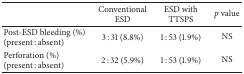
<table><thead><tr><td><b> </b></td><td><b>Conventional ESD</b></td><td><b>ESD with TTSPS</b></td><td><b><i>p </i>value</b></td></tr></thead><tbody><tr><td>Post-ESD bleeding (%)(present : absent)</td><td>3 : 31 (8.8%)</td><td>1 : 53 (1.9%)</td><td>NS</td></tr><tr><td>Perforation (%)(present : absent)</td><td>2 : 32 (5.9%)</td><td>1 : 53 (1.9%)</td><td>NS</td></tr></tbody></table>